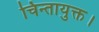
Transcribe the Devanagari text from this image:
चिन्तायुक्त।